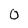
Character: 0